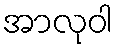
အာလုဝါ